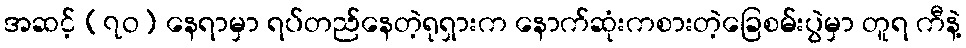
အဆင့် (၇ဝ) နေရာမှာ ရပ်တည်နေတဲ့ရုရှားက နောက်ဆုံးကစားတဲ့ခြေစမ်းပွဲမှာ တူရ ကီနဲ့